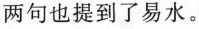
两句也提到了易水。